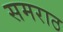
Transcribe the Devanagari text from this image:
समराठ